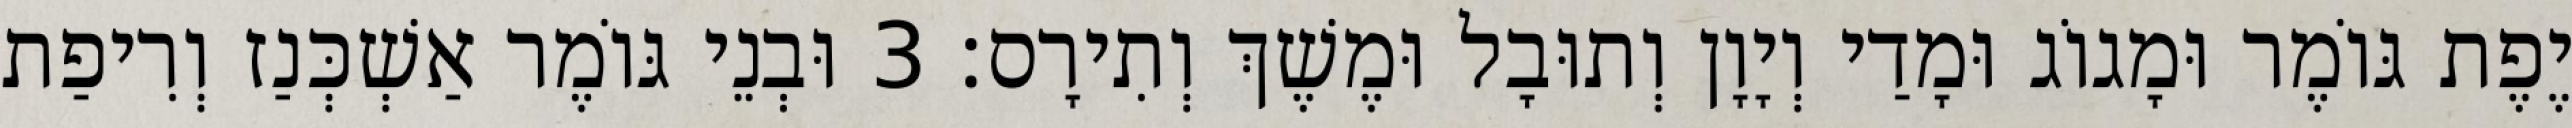
יֶפֶת גּוֹמֶר וּמָגוֹג וּמָדַי וְיָוָן וְתוּבָל וּמֶשֶׁךְ וְתִירָס׃ 3 וּבְנֵי גּוֹמֶר אַשְׁכְּנַז וְרִיפַת